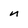
Character: n